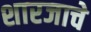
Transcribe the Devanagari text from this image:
शारजाचे